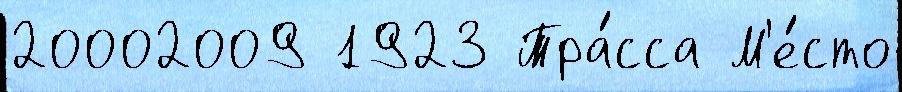
20002009 1923 Тра́сса М'е́сто